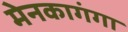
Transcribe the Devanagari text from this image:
मेनकागंगा